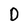
Character: D